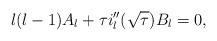
\begin{align*}l(l-1)A_l+\tau i_l''(\sqrt{\tau})B_l=0,\end{align*}